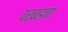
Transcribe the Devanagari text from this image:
परब्रह्मणः